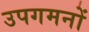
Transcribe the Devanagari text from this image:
उपगमनों